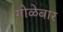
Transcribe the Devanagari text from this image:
गोळेबार